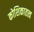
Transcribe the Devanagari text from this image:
कोशिकातत्व